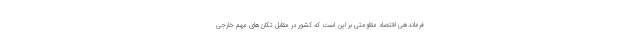
فرماندهی اقتصاد مقاومتی بر این است که کشور در مقابل تکان‌های مهم خارجی